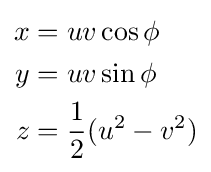
{\begin{aligned}x&=uv\cos \phi \\y&=uv\sin \phi \\z&={\frac {1}{2}}(u^{2}-v^{2})\end{aligned}}